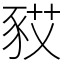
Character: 𧰿